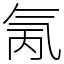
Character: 氞